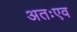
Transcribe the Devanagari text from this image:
अतःएव